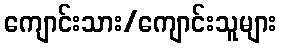
ကျောင်းသား/ကျောင်းသူများ